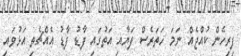
ފިރިހެން ކުއްޖެއް ނަމަ ހަތަރެސް ފަޔާއި އަތުގައި ފާޑު ފާޑު އެއްޗެތި އަޅުވައި